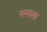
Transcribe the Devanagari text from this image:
रस्सला